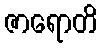
ဇာရောတိ